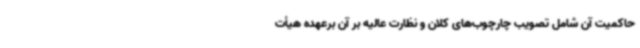
حاکمیت آن شامل تصویب چارچوب‌های کلان و نظارت عالیه بر آن برعهده هیأت